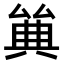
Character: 𠔩